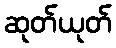
ဆုတ်ယုတ်